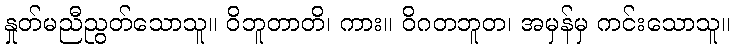
နှုတ်မညီညွတ်သောသူ။ ဝိဘူတာတိ၊ ကား။ ဝိဂတဘူတ၊ အမှန်မှ ကင်းသောသူ။